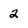
Character: 2